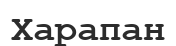
Харапан